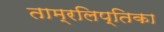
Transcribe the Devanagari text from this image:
ताम्रलिप्तिका